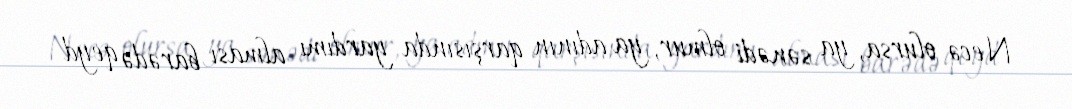
Necə olursa, ya sənədi olmur, ya adının qarşısında yardımı alması barədə qeyd